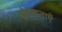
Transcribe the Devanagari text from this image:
भेदकताएँ